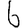
Digit: 6